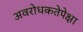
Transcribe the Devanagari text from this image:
अवरोधकतेपेक्षा